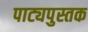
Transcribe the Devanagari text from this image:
पाट्यपुस्तक